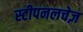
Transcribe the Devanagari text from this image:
स्टीपनलचेज़